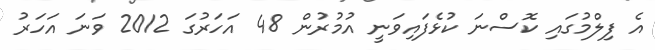
އެ ފިލްމުގައި ކޮސްނަ ކުޅެފައިވަނީ އުމުރުން 48 އަހަރުގަ 2012 ވަނަ އަހަރު